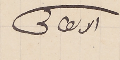
الاىطاكى